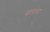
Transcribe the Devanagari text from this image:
खाचांना